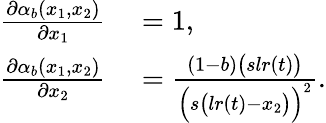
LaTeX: \begin{array}{rl}{\frac{\partial\alpha_{b}(x_{1},x_{2})}{\partial x_{1}}}&{{}=1,}\\ {\frac{\partial\alpha_{b}(x_{1},x_{2})}{\partial x_{2}}}&{{}=\frac{(1-b)\big(slr(t)\big)}{\Big(s\big(lr(t)-x_{2}\big)\Big)^{2}}.}\end{array}